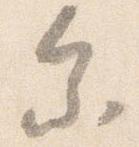
参